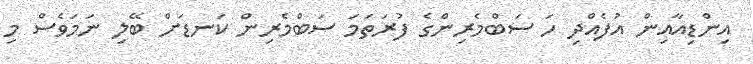
އިންޑިއާއިން އުފެއްދި ހަ ސަބްމެރިންގެ ފުރަތަމަ ސަބްމެރިން ކަނޑަށް ބޭލި ނަމަވެސް މި